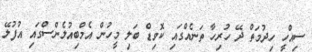
ސިއްހީ ހިދުމަތް ދޭ ހުރިހާ ތަނެއްގައި ކޮވިޑް ބަލި މީހުން އެމްބިއުލެންސްގައި އުފުލޭ